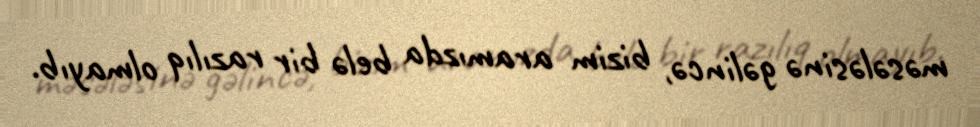
məsələsinə gəlincə, bizim aramızda belə bir razılıq olmayıb.